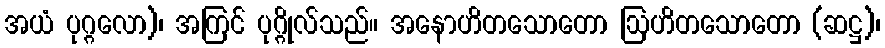
အယံ ပုဂ္ဂလော)၊ အကြင် ပုဂ္ဂိုလ်သည်။ အနောဟိတသောတော ဩဟိတသောတော (ဆဋ္ဌ)၊